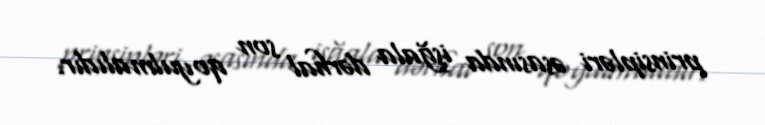
prinsipləri əsasında işğala dərhal son qoyulmalıdır.